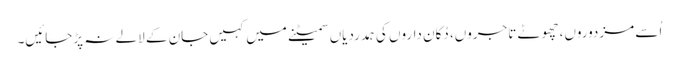
اُسے مزدوروں، چھوٹے تاجروں، دُکان داروں کی ہمدردیاں سمیٹنے میں کہیں جان کے لالے نہ پڑجائیں۔